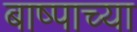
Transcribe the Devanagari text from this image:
बाष्पाच्या